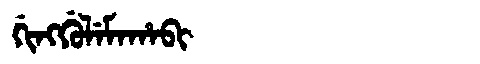
Manchu: ᡤᡳᠩᡤᡠᠯᡝᠮᠠᡥᠠᠪᡳ
Romanization: GINGGULEMAHABI